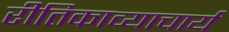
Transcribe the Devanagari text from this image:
रीतिकाव्याचार्य